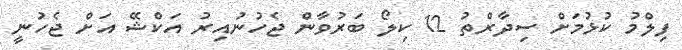
ފިލްމު ކުޅުމަށް ސިދާރްތު 12 ކިލޯ ބަރުވާން ޖެހުނުއިރު އަކްޝޭ އަށް ޖެހުނީ